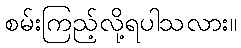
စမ်းကြည့်လို့ရပါသလား။